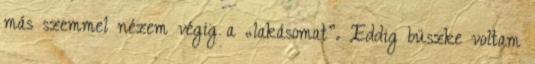
más szemmel nézem végig a „lakásomat”. Eddig büszke voltam